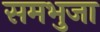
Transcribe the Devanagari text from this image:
समभुजा